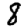
Digit: 8